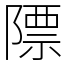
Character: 䧣